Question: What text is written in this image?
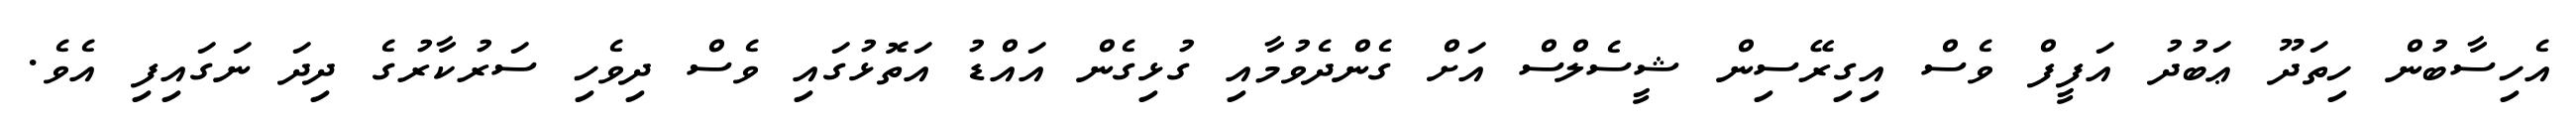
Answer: އެހިސާބުން ހިތަދޫ ޢަބުދު އަފީފް ވެސް އިގިރޭސިން ޝީސެލްސް އަށް ގެންދެވުމާއި ގުޅިގެން އައްޑު އަތޮޅުގައި ވެސް ދިވެހި ސަރުކާރުގެ ދިދަ ނަގައިފި އެވެ.